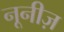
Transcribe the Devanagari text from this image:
नूनीज़